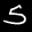
Label: 5